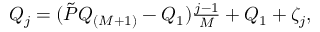
\begin{array} { r } { Q _ { j } = ( \tilde { P } Q _ { ( M + 1 ) } - Q _ { 1 } ) \frac { j - 1 } { M } + Q _ { 1 } + \zeta _ { j } , } \end{array}